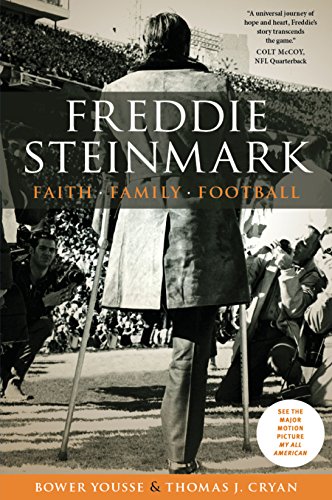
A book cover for Freddie Steinmark: Faith, Family, Football; Bower Yousse; Health, Fitness & Dieting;